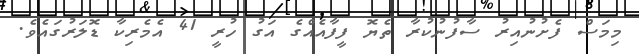
މިމަސް ފެށުނުއިރު ސާފުނުކުރާ ތެޔޮ ފީފާއެއްގެ އަގު ހުރީ 41 އެމެރިކާ ޑޮލަރުގައެވެ.